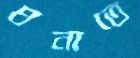
ঘনাতে